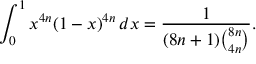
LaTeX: \int _ { 0 } ^ { 1 } x ^ { 4 n } ( 1 - x ) ^ { 4 n } \, d x = { \frac { 1 } { ( 8 n + 1 ) { \binom { 8 n } { 4 n } } } } .